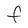
Character: F